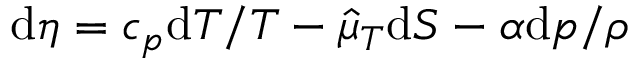
\mathrm { d } \eta = c _ { p } \mathrm { d } T / T - \hat { \mu } _ { T } \mathrm { d } S - \alpha \mathrm { d } p / \rho